Scientific memoirs by medical officers of the Army of India - Part XI,
Year: 1898
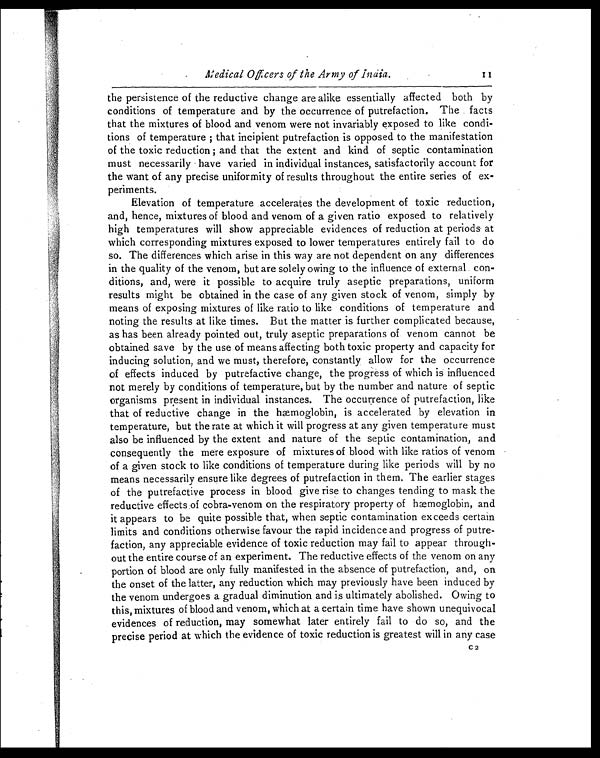
Medical Officers of the Army of India.
1 1
the persistence of the reductive change are alike essentially affected both by
conditions of temperature and by the occurrence of putrefaction. The facts
that the mixtures of blood and venom were not invariably exposed to like condi-
tions of temperature ; that incipient putrefaction is opposed to the manifestation
of the toxic reduction ; and that the extent and kind of septic contamination
must necessarily have varied in individual instances, satisfactorily account for
the want of any precise uniformity of results throughout the entire series of ex-
periments.
Elevation of temperature accelerates the development of toxic reduction,
and, hence, mixtures of blood and venom of a given ratio exposed to relatively
high temperatures will show appreciable evidences of reduction at periods- at
which corresponding mixtures exposed to lower temperatures entirely fail to do
so. The differences which arise in this way are not dependent on any differences
in the quality of the venom, but are solely owing to the influence of external . con-
ditions, and, were it possible to acquire truly aseptic preparations, uniform
results might be obtained in the case of any given stock of venom, simply by
means of exposing mixtures of like ratio to like conditions of temperature and
noting the results at like times. But the matter is further complicated because,
as has been already pointed out, truly aseptic preparations of venom cannot be
obtained save by the use of means affecting both toxic property and capacity for
inducing solution, and we must, therefore, constantly allow for the occurrence
of effects induced by putrefactive change, the progress of which is influenced
not merely by conditions of temperature, but by the number and nature of septic
organisms present in individual instances. The occurrence of putrefaction, like
that of reductive change in the hæmoglobin, is accelerated by elevation in
temperature, but the rate at which it will progress at any given temperature must
also be influenced by the extent and nature of the septic contamination, and
consequently the mere exposure of mixtures of blood with like ratios of venom
of a given stock to like conditions of temperature during like periods will by no
means necessarily ensure like degrees of putrefaction in them. The earlier stages
of the putrefactive process in blood give rise to changes tending to mask the
reductive effects of cobra-venom on the respiratory property of hæmoglobin, and
it appears to be quite possible that, when septic contamination exceeds certain
limits and conditions otherwise favour the rapid incidence and progress of putre-
faction, any appreciable evidence of toxic reduction may fail to appear through-
out the entire course of an experiment. The reductive effects of the venom on any
portion of blood are only fully manifested in the absence of putrefaction, and, on
the onset of the latter, any reduction which may previously have been induced by
the venom undergoes a gradual diminution and is ultimately abolished. Owing to
this, mixtures of blood and venom, which at a certain time have shown unequivocal
evidences of reduction, may somewhat later entirely fail to do so, and the
precise period at which the evidence of toxic reduction is greatest will in any case